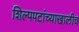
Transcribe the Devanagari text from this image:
शिल्पपटांच्याखालीच